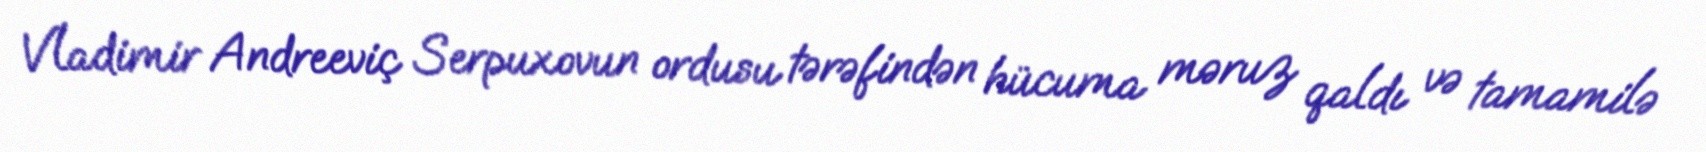
Vladimir Andreeviç Serpuxovun ordusu tərəfindən hücuma məruz qaldı və tamamilə